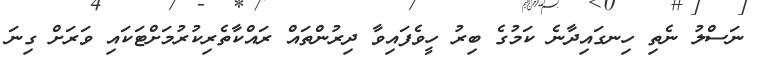
ނަސްލު ނެތި ހިނގައިދާނެ ކަމުގެ ބިރު ހީވެފައިވާ ދިރުންތައް ރައްކާތެރިކުރުމަށްޓަކައި ވަރަށް ގިނަ